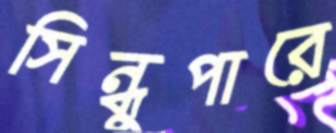
সিন্ধুপারে